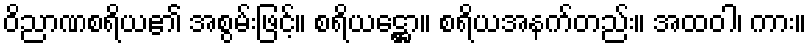
ဝိညာဏစရိယ၏ အစွမ်းဖြင့်။ စရိယဋ္ဌော။ စရိယအနက်တည်း။ အထဝါ၊ ကား။